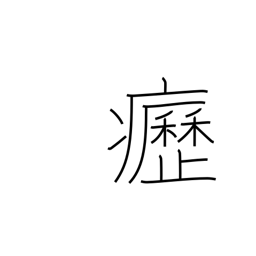
Meaning: swollen neck glands